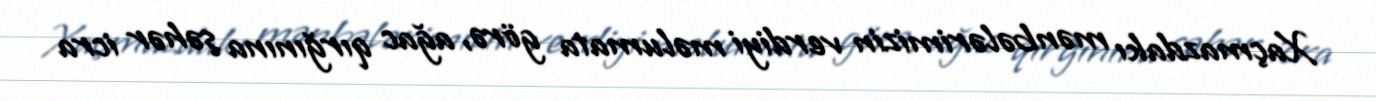
Xaçmazdakı mənbələrimizin verdiyi məlumata görə, ağac qırğınına şəhər icra